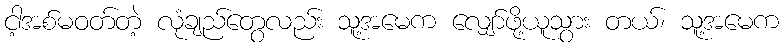
ငါ့အစ်မဝတ်တဲ့ လုံချည်တွေလည်း သူ့အမေက လျှော်ဖို့ယူသွား တယ်၊ သူ့အမေက